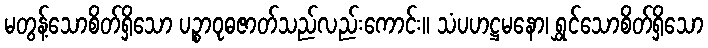
မတွန့်သောစိတ်ရှိသော ပဉ္စာဝုဓဇာတ်သည်လည်းကောင်း။ သံပဟဋ္ဌမနော၊ ရွှင်သောစိတ်ရှိသော